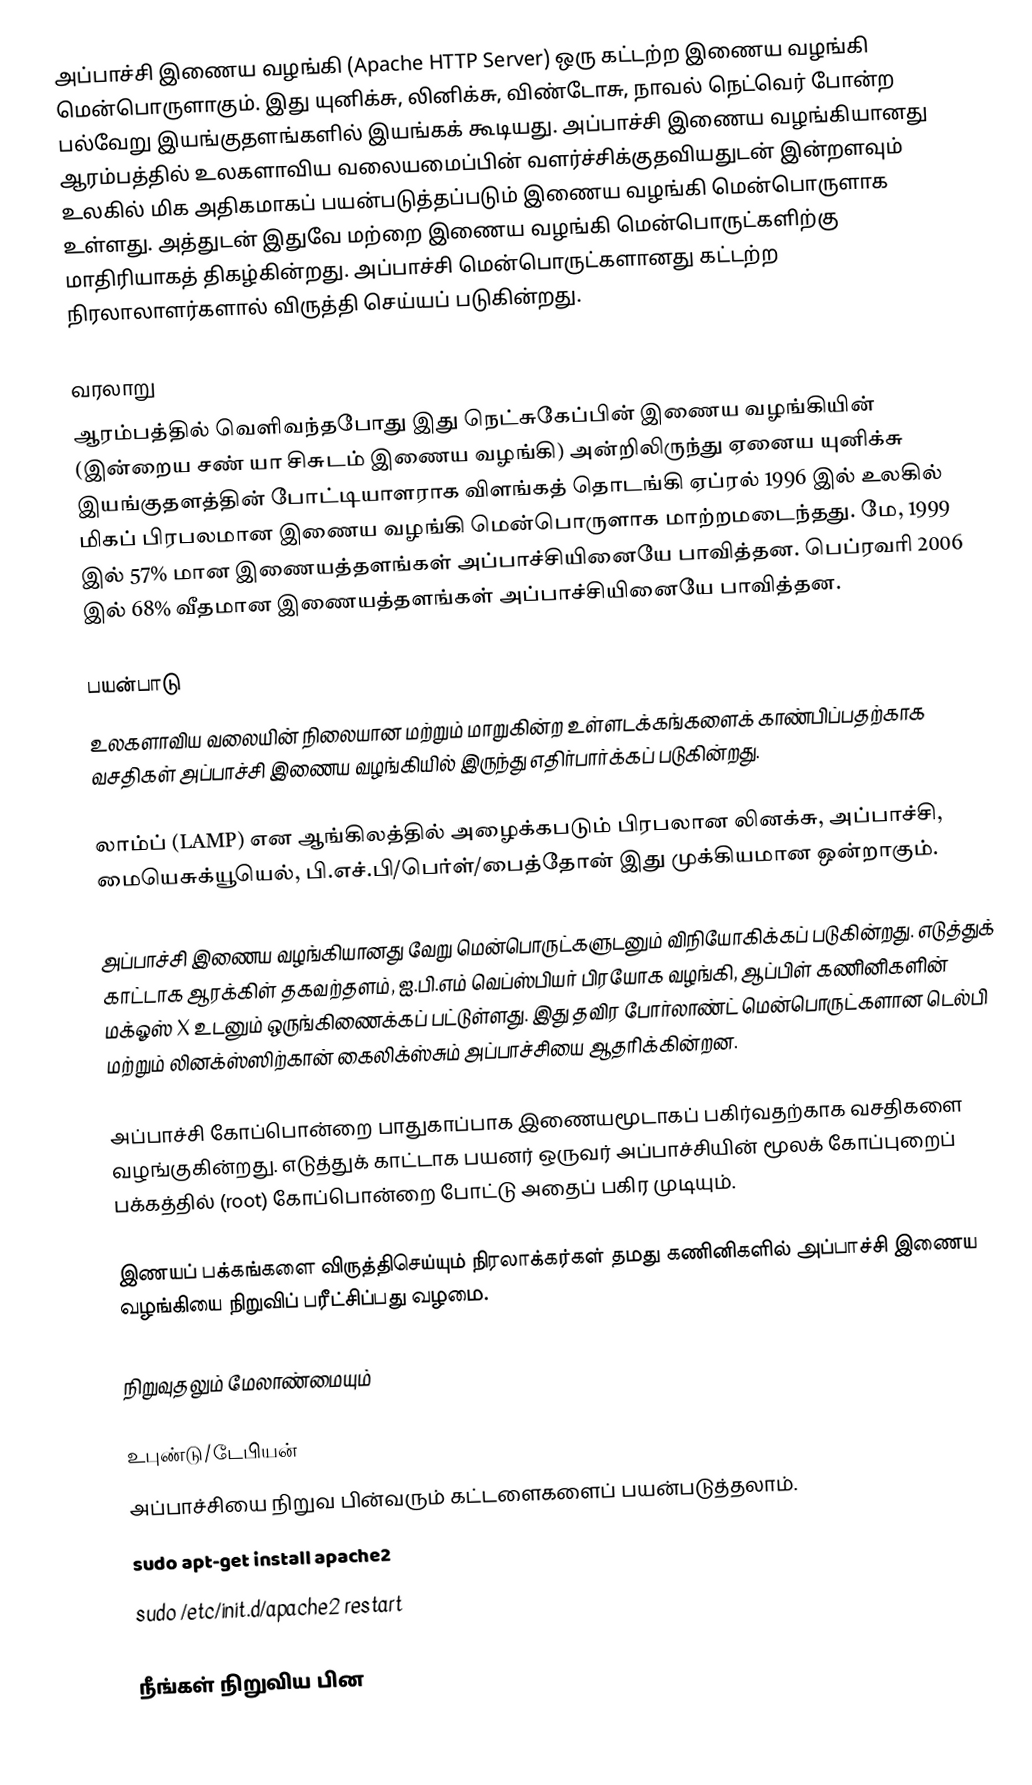
அப்பாச்சி இணைய வழங்கி (Apache HTTP Server) ஒரு கட்டற்ற இணைய வழங்கி மென்பொருளாகும். இது யுனிக்சு, லினிக்சு, விண்டோசு, நாவல் நெட்வெர் போன்ற பல்வேறு இயங்குதளங்களில் இயங்கக் கூடியது.  அப்பாச்சி இணைய வழங்கியானது ஆரம்பத்தில் உலகளாவிய வலையமைப்பின் வளர்ச்சிக்குதவியதுடன் இன்றளவும் உலகில் மிக அதிகமாகப் பயன்படுத்தப்படும் இணைய வழங்கி மென்பொருளாக உள்ளது. அத்துடன் இதுவே மற்றை இணைய வழங்கி மென்பொருட்களிற்கு மாதிரியாகத் திகழ்கின்றது.  அப்பாச்சி மென்பொருட்களானது கட்டற்ற நிரலாலாளர்களால் விருத்தி செய்யப் படுகின்றது.

வரலாறு
ஆரம்பத்தில் வெளிவந்தபோது இது நெட்சுகேப்பின் இணைய வழங்கியின் (இன்றைய சண் யா சிசுடம் இணைய வழங்கி) அன்றிலிருந்து ஏனைய யுனிக்சு இயங்குதளத்தின் போட்டியாளராக விளங்கத் தொடங்கி ஏப்ரல் 1996 இல் உலகில் மிகப் பிரபலமான இணைய வழங்கி மென்பொருளாக மாற்றமடைந்தது. மே, 1999 இல் 57% மான இணையத்தளங்கள் அப்பாச்சியினையே பாவித்தன. பெப்ரவரி 2006 இல் 68% வீதமான இணையத்தளங்கள் அப்பாச்சியினையே பாவித்தன.

பயன்பாடு
உலகளாவிய வலையின் நிலையான மற்றும் மாறுகின்ற உள்ளடக்கங்களைக் காண்பிப்பதற்காக வசதிகள் அப்பாச்சி இணைய வழங்கியில் இருந்து எதிர்பார்க்கப் படுகின்றது.

லாம்ப் (LAMP) என ஆங்கிலத்தில் அழைக்கபடும் பிரபலான லினக்சு, அப்பாச்சி, மையெசுக்யூயெல், பி.எச்.பி/பெர்ள்/பைத்தோன் இது முக்கியமான ஒன்றாகும்.

அப்பாச்சி இணைய வழங்கியானது வேறு மென்பொருட்களுடனும் விநியோகிக்கப் படுகின்றது. எடுத்துக் காட்டாக ஆரக்கிள் தகவற்தளம், ஐ.பி.எம் வெப்ஸ்பியர் பிரயோக  வழங்கி, ஆப்பிள் கணினிகளின் மக்ஓஸ் X உடனும் ஒருங்கிணைக்கப் பட்டுள்ளது. இது தவிர போர்லாண்ட் மென்பொருட்களான டெல்பி மற்றும் லினக்ஸ்ஸிற்கான் கைலிக்ஸ்சும் அப்பாச்சியை ஆதரிக்கின்றன.

அப்பாச்சி கோப்பொன்றை பாதுகாப்பாக இணையமூடாகப் பகிர்வதற்காக  வசதிகளை வழங்குகின்றது. எடுத்துக் காட்டாக பயனர் ஒருவர் அப்பாச்சியின் மூலக் கோப்புறைப் பக்கத்தில் (root) கோப்பொன்றை போட்டு அதைப் பகிர முடியும்.

இணயப் பக்கங்களை விருத்திசெய்யும் நிரலாக்கர்கள் தமது கணினிகளில் அப்பாச்சி இணைய வழங்கியை நிறுவிப் பரீட்சிப்பது வழமை.

நிறுவுதலும் மேலாண்மையும்

உபுண்டு/டேபியன்
அப்பாச்சியை நிறுவ பின்வரும் கட்டளைகளைப் பயன்படுத்தலாம்.
sudo apt-get install apache2
sudo /etc/init.d/apache2 restart

நீங்கள் நிறுவிய பின